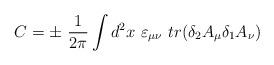
LaTeX: \begin{align*}C=\pm\ {1\over 2\pi}\int d^2x\ \varepsilon_{\mu\nu}\ tr(\delta_2 A_\mu\delta_1A_\nu )\end{align*}